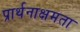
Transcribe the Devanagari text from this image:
प्रार्थनाक्षमता